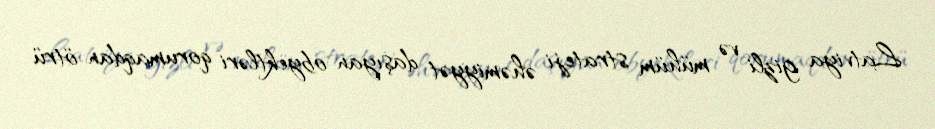
Latviya gizli və mühüm strateji əhəmiyyət daşıyan obyektləri qorumaqdan ötrü